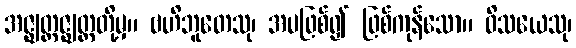
အဇ္ဈတ္တဇ္ဈတ္တတို့မှ။ ဗဟိဘူတေသု၊ အပဖြစ်၍ ဖြစ်ကုန်သော။ ဝိသယေသု၊